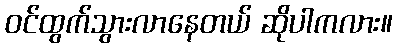
ဝင်ထွက်သွားလာနေတယ် ဆိုပါကလား။